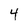
Character: 4